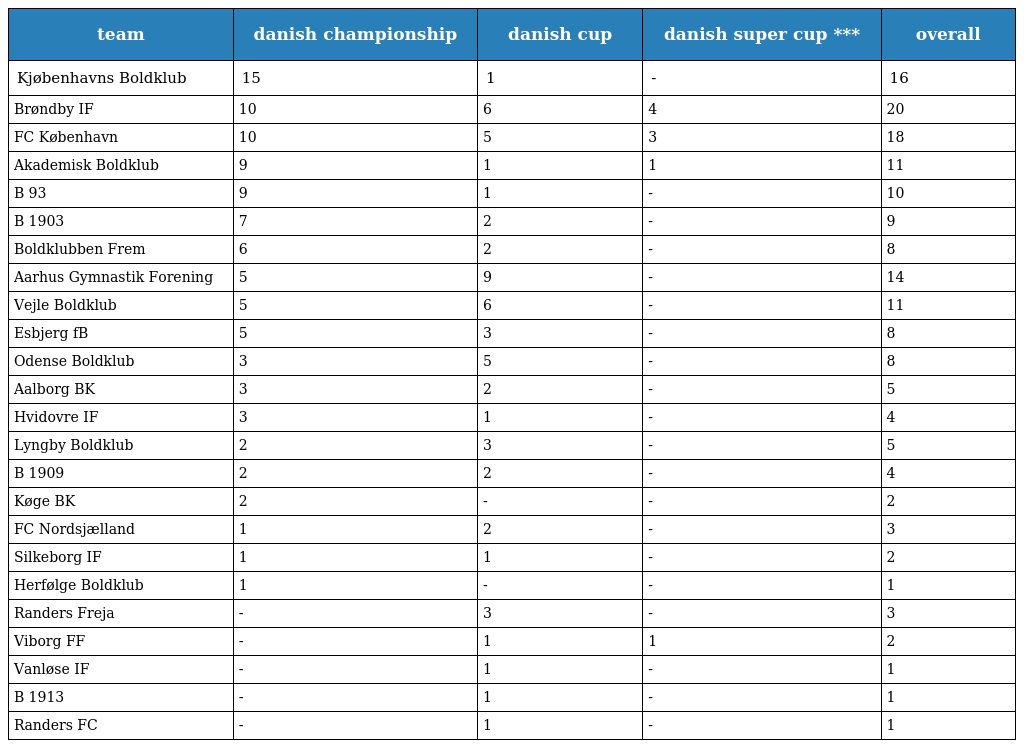
| team | danish championship | danish cup | danish super cup *** | overall |
 | --- | --- | --- | --- | --- |
 | Kjøbenhavns Boldklub | 15 | 1 | - | 16 |
 | Brøndby IF | 10 | 6 | 4 | 20 |
 | FC København | 10 | 5 | 3 | 18 |
 | Akademisk Boldklub | 9 | 1 | 1 | 11 |
 | B 93 | 9 | 1 | - | 10 |
 | B 1903 | 7 | 2 | - | 9 |
 | Boldklubben Frem | 6 | 2 | - | 8 |
 | Aarhus Gymnastik Forening | 5 | 9 | - | 14 |
 | Vejle Boldklub | 5 | 6 | - | 11 |
 | Esbjerg fB | 5 | 3 | - | 8 |
 | Odense Boldklub | 3 | 5 | - | 8 |
 | Aalborg BK | 3 | 2 | - | 5 |
 | Hvidovre IF | 3 | 1 | - | 4 |
 | Lyngby Boldklub | 2 | 3 | - | 5 |
 | B 1909 | 2 | 2 | - | 4 |
 | Køge BK | 2 | - | - | 2 |
 | FC Nordsjælland | 1 | 2 | - | 3 |
 | Silkeborg IF | 1 | 1 | - | 2 |
 | Herfølge Boldklub | 1 | - | - | 1 |
 | Randers Freja | - | 3 | - | 3 |
 | Viborg FF | - | 1 | 1 | 2 |
 | Vanløse IF | - | 1 | - | 1 |
 | B 1913 | - | 1 | - | 1 |
 | Randers FC | - | 1 | - | 1 |